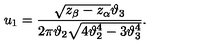
u _ { 1 } = { \frac { \sqrt { z _ { \beta } - z _ { \alpha } } \vartheta _ { 3 } } { 2 \pi \vartheta _ { 2 } \sqrt { 4 \vartheta _ { 2 } ^ { 4 } - 3 \vartheta _ { 3 } ^ { 4 } } } } .